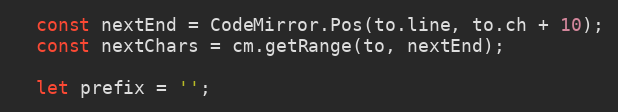
Language: JavaScript
  const nextEnd = CodeMirror.Pos(to.line, to.ch + 10);
  const nextChars = cm.getRange(to, nextEnd);

  let prefix = '';